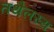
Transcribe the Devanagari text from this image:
तथैलस्य